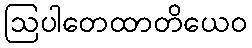
ဩပါတေထာတိယေဝ